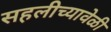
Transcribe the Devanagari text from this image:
सहलीच्यावेळी